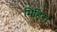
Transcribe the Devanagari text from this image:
मिहिर।